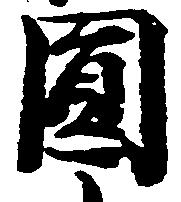
円